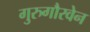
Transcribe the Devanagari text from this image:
गुरुगौरवेन